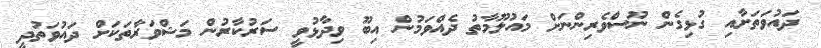
ދައުވަތަށާއި ގުޅިގެން ނޫސްވެރިންނަށް މައުލޫމާތު ދެއްވަމުން އިބޫ ވިދާޅުވީ ސަރުކާރުން މަޝްވަރާތަކަށް ދައުވަތުދީ